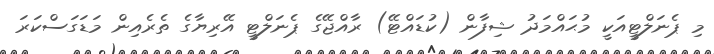
މި ޕެނަލްޓީއަކީ މުޙައްމަދު ޝިފާން (ކުޑައްޓޭ) ރާއްޖޭގެ ޕެނަލްޓީ އޭރިޔާގެ ތެރެއިން މަޑަގަސްކަރަ